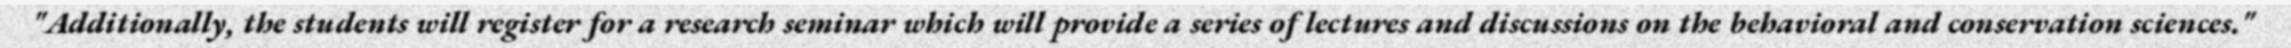
"Additionally, the students will register for a research seminar which will provide a series of lectures and discussions on the behavioral and conservation sciences."